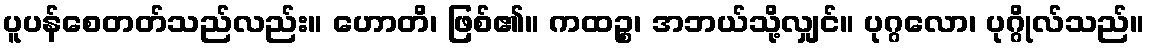
ပူပန်စေတတ်သည်လည်း။ ဟောတိ၊ ဖြစ်၏။ ကထဉ္စ၊ အဘယ်သို့လျှင်။ ပုဂ္ဂလော၊ ပုဂ္ဂိုလ်သည်။